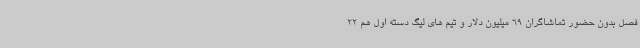
فصل بدون حضور تماشاگران 69 میلیون دلار و تیم های لیگ دسته اول هم 22